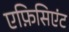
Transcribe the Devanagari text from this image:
एफ़िसिएंट